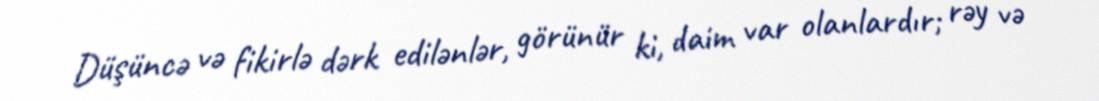
Düşüncə və fikirlə dərk edilənlər, görünür ki, daim var olanlardır; rəy və